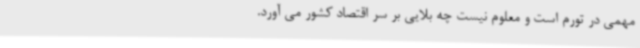
مهمی در تورم است و معلوم نیست چه بلایی بر سر اقتصاد کشور می آورد.